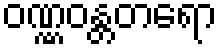
ဝဏ္ဏဝန္တတရော